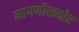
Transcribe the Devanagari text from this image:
मागणीसमोर